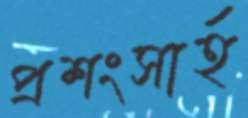
প্রশংসার্হ